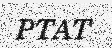
PTAT